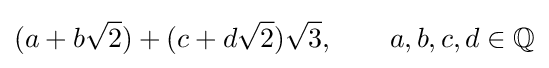
(a+b{\sqrt {2}})+(c+d{\sqrt {2}}){\sqrt {3}},\qquad a,b,c,d\in \mathbb {Q}